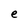
Character: e